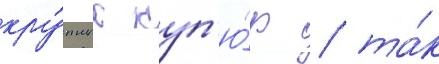
кру́пных куп'ю́р / та́к